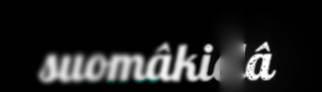
suomâkielâ